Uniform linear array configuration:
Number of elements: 16
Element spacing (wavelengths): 1
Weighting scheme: exponential
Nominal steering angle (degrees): -30
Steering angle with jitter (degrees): -30.206
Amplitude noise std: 0.05
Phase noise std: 0.05

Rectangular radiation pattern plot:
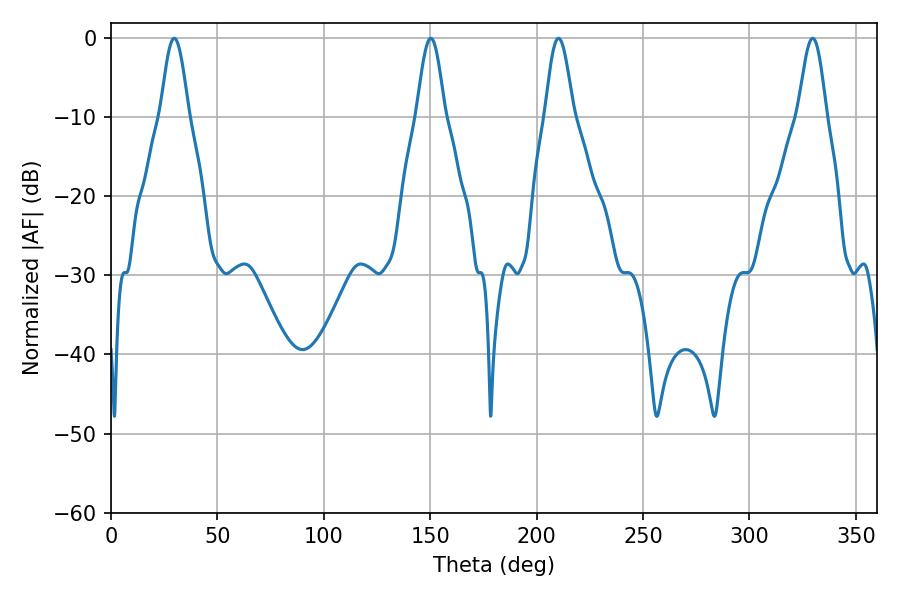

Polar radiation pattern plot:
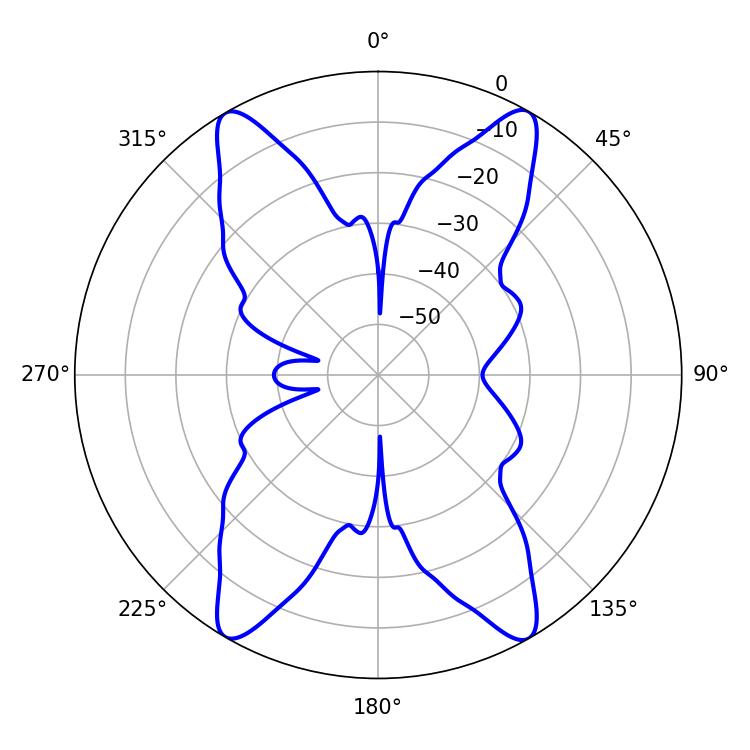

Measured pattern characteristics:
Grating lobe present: TRUE
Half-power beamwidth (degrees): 7.02
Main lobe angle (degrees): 29.7